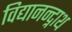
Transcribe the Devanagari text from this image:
विद्यानन्द्नाथ